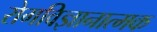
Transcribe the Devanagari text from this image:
रोगविज्ञानात्मक